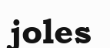
joles